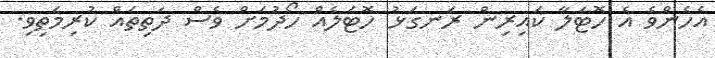
އެހެންވެ އެ ހޮޓަލާ ކައިރިން ރަނގަޅު ހޮޓަލެއް ހޯދުމަށް ވެސް ދަތިތައް ކުރިމަތިވި.